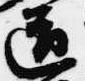
道